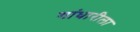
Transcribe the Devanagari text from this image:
गांधारीला